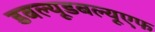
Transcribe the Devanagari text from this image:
डबल्यूडबल्यूएफ